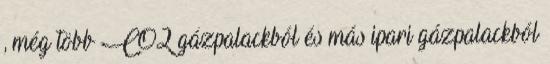
, még több CO2 gázpalackból és más ipari gázpalackból